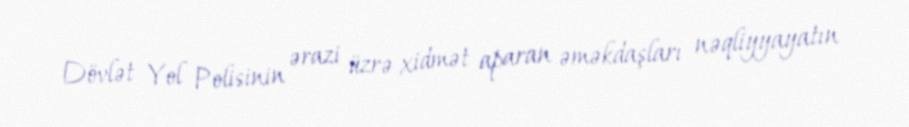
Dövlət Yol Polisinin ərazi üzrə xidmət aparan əməkdaşları nəqliyyayatın